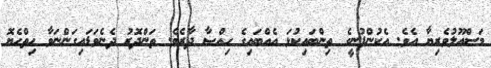
މަސްއޫލުވެރިޔާ އެވެ. އެކުންފުނީގެ ތިންބައިކުޅަ އެއްބައިގެ ޙިއްޞާ ދާރެވެ. ތަންދޮރު ދެނެވަޑައިގަންނަވާ ހިތްހެޔޮ